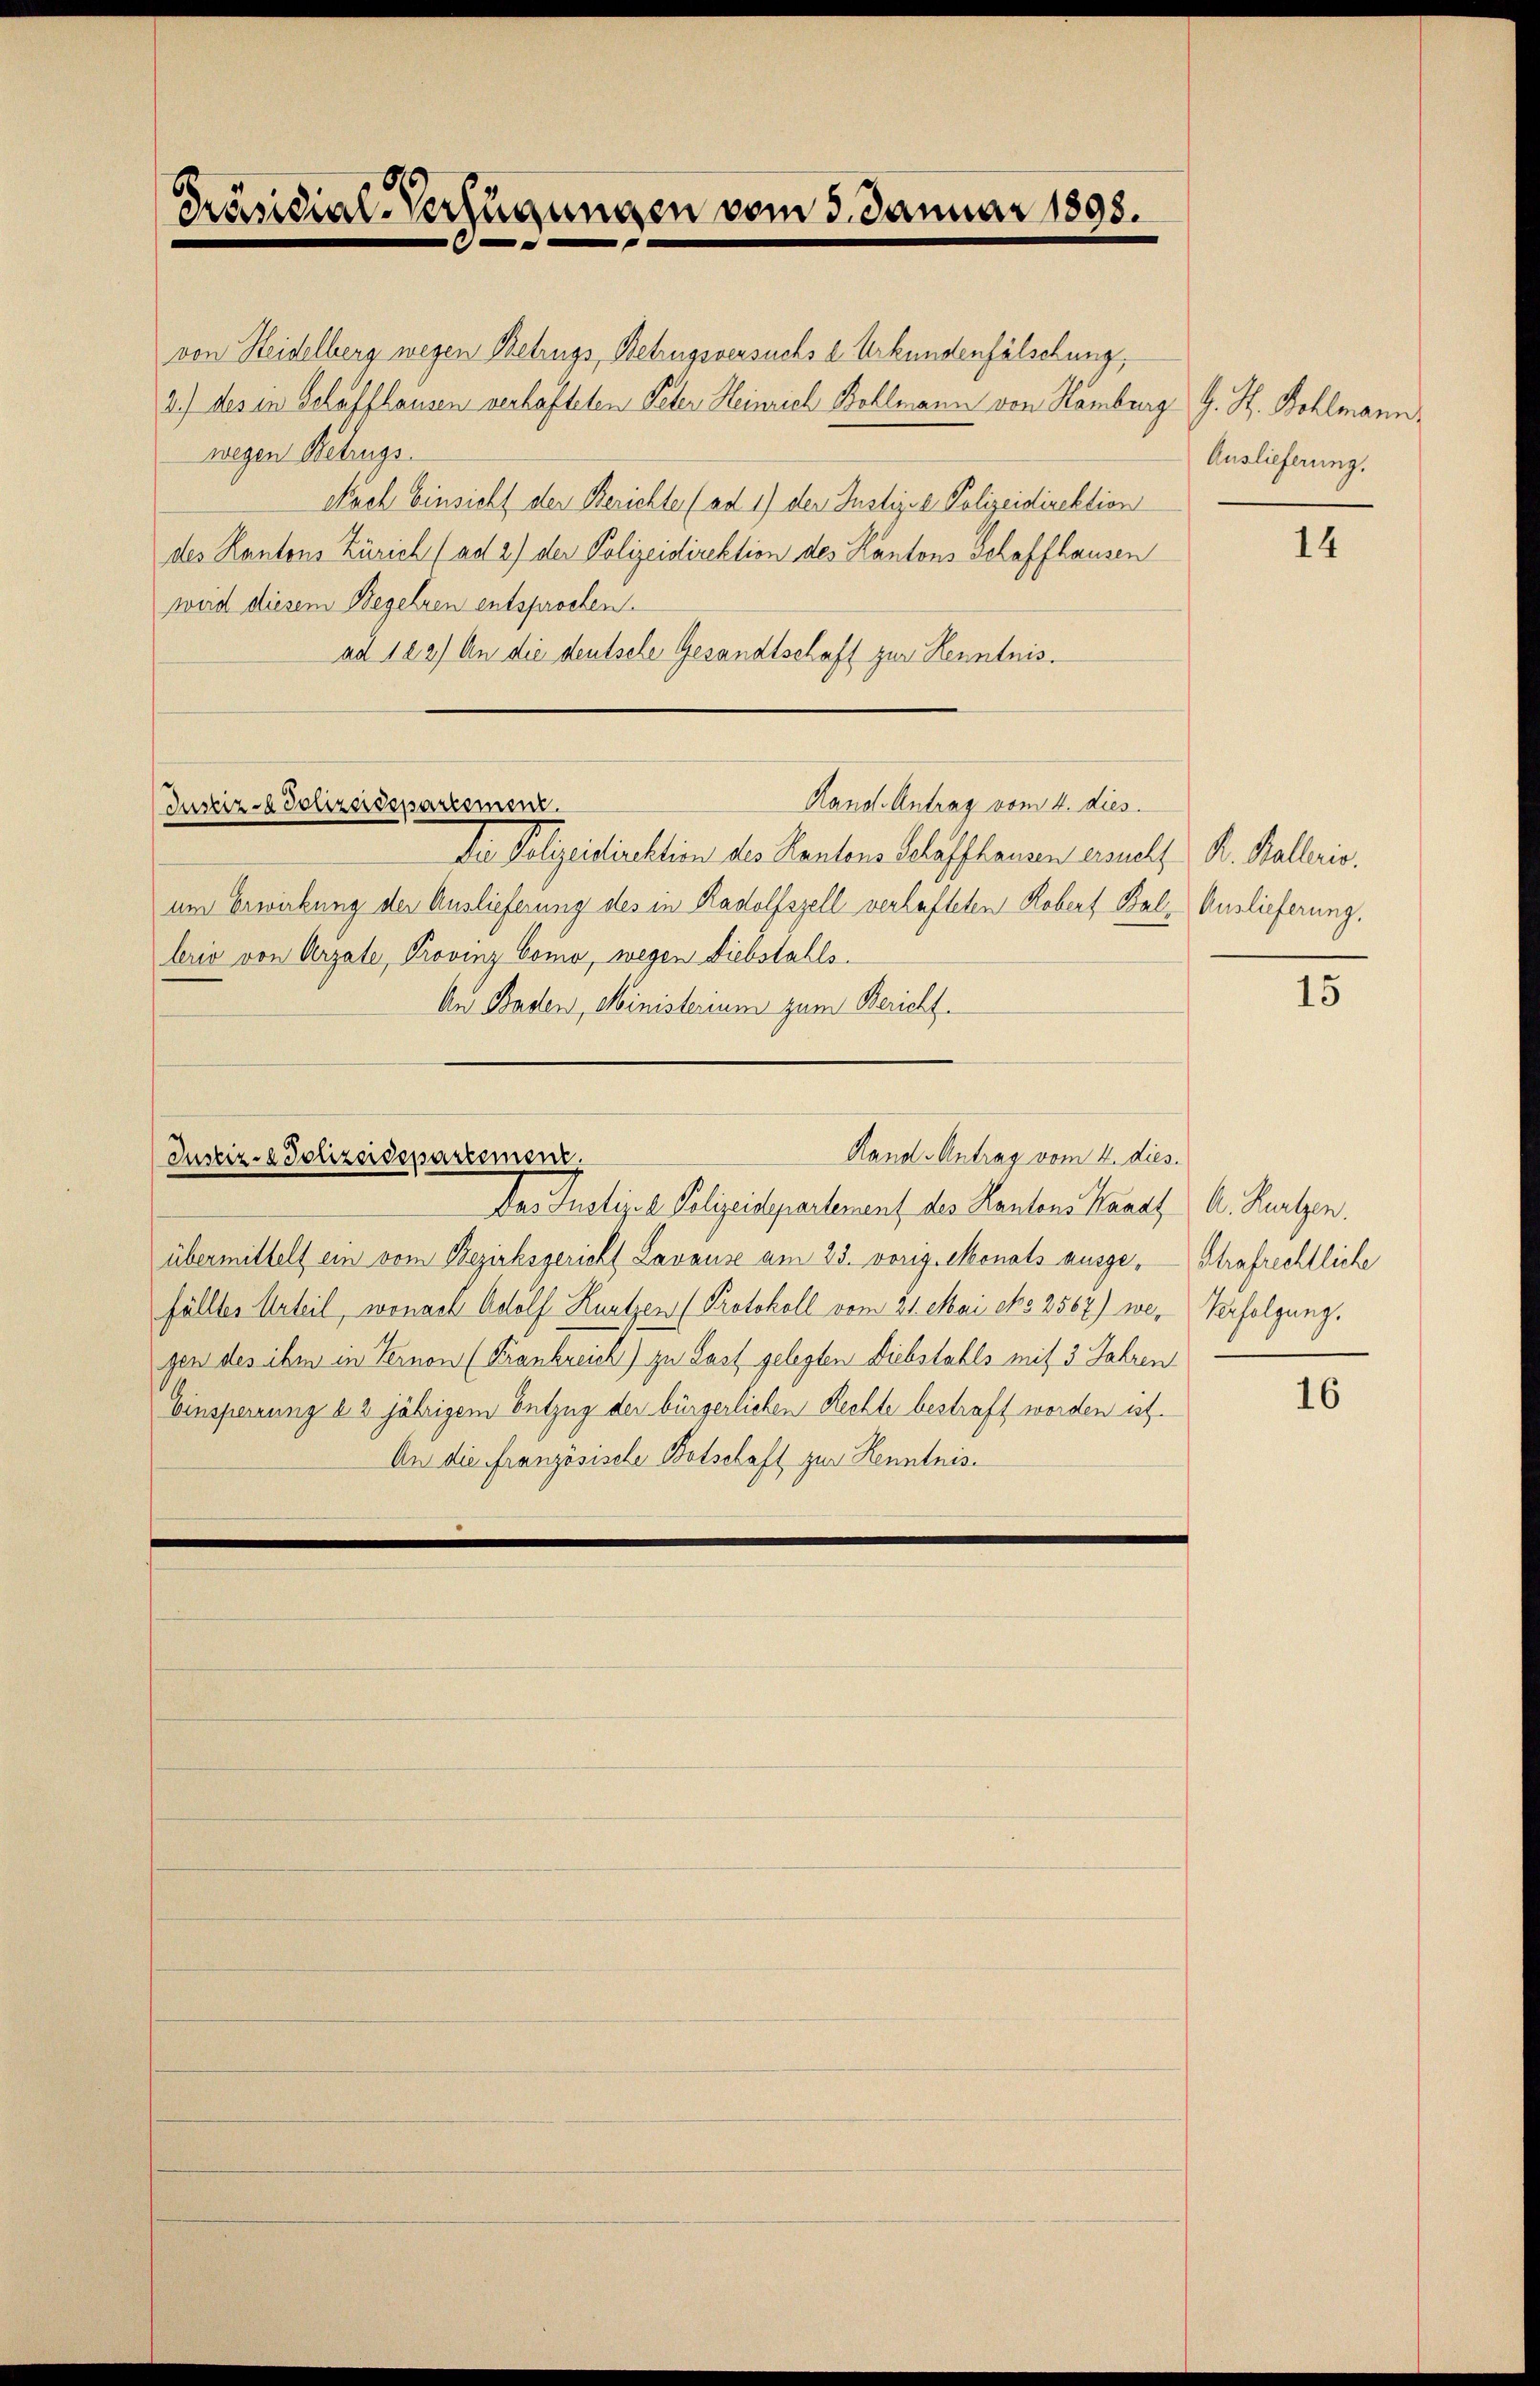
von Seidelberg wegen Betrugs, Betrugsversuchs d. Urkundenfälschung,
2.) des in Schaffhausen verlasteten Peter Heinrich Bohlmann von Hamburg, G. St. Bohlmann
wegen Betrugs.
Nach Einsicht der Berichte (ad 1) der Justizoe Polizeidirektion
des Kantons Zürich (ad 2) der Polizeidirektion des Kantons Schaffhausen
wird diesem Begehren entsprochen.
ad 122) An die deutsche Gesandtschaft zur Kenntnis.

Die Polizeidirektion des Kantons Schaffhausen ersucht R. Balleris,
um Erwirkung der Auslieferung des in Radolfszell verhafteten Robert Bal- Auslieferung,
lerio von Arzale, Provinz Como, wegen Diebstahls
An Baden, Ministerium zum Bericht.

Präsidial-Verfügungen vom 5. Januar 1898.

Handl. Antrag vom 4. Dies
Justiz- & Polizeidepartement.

Justiz- & Polizeidepartement.

Auslieferung.

14

Rand Antrag vom 4. dies.
Das Justice Polizeisepartement des Kantons Karat A. Kurtzen.
übermittelt ein vom Bezirksgericht Lavause am 25. vorig. Monats ausge-Strafrechtliche
fälltes Urteil, wonach Adolf Kurtzen (Protokoll vom 21. Mai dto 2567) we-Verfolgung,
gen des über in Ternen (Krankreich) zu Last gelegten Diebstahls mit 3 Jahren
Einsperrung 13 jährigem Entzug der bürgerlichen Rechte bestraft worden ist.
An die Französische Botschaft zur Kenntnis¬

15

16